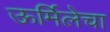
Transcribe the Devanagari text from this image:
ऊर्मिलेचा